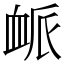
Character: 衇